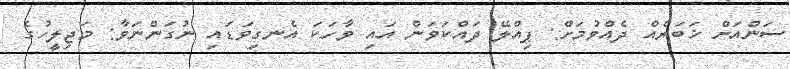
ސަންއަށް ޚަބަރެއް ދެއްވުމަށް: ޕިއްލޭ ދައްކަވަން އައި ވާހަކަ އެނގިވަޑައި ނުގަންނަވާ: މަޖިލީހުގެ